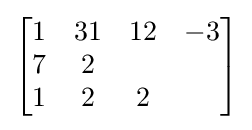
{\begin{bmatrix}1&31&12&-3\\7&2\\1&2&2\end{bmatrix}}